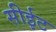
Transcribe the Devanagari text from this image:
सीईट